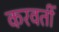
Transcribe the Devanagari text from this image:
करवतीं